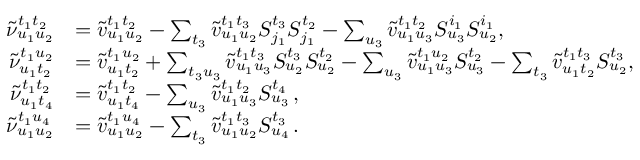
\begin{array} { r l } { \tilde { \nu } _ { u _ { 1 } u _ { 2 } } ^ { t _ { 1 } t _ { 2 } } } & { = \tilde { v } _ { u _ { 1 } u _ { 2 } } ^ { t _ { 1 } t _ { 2 } } - \sum _ { t _ { 3 } } \tilde { v } _ { u _ { 1 } u _ { 2 } } ^ { t _ { 1 } t _ { 3 } } S _ { j _ { 1 } } ^ { t _ { 3 } } S _ { j _ { 1 } } ^ { t _ { 2 } } - \sum _ { u _ { 3 } } \tilde { v } _ { u _ { 1 } u _ { 3 } } ^ { t _ { 1 } t _ { 2 } } S _ { u _ { 3 } } ^ { i _ { 1 } } S _ { u _ { 2 } } ^ { i _ { 1 } } , } \\ { \tilde { \nu } _ { u _ { 1 } t _ { 2 } } ^ { t _ { 1 } u _ { 2 } } } & { = \tilde { v } _ { u _ { 1 } t _ { 2 } } ^ { t _ { 1 } u _ { 2 } } + \sum _ { t _ { 3 } u _ { 3 } } \tilde { v } _ { u _ { 1 } u _ { 3 } } ^ { t _ { 1 } t _ { 3 } } S _ { u _ { 2 } } ^ { t _ { 3 } } S _ { u _ { 2 } } ^ { t _ { 2 } } - \sum _ { u _ { 3 } } \tilde { v } _ { u _ { 1 } u _ { 3 } } ^ { t _ { 1 } u _ { 2 } } S _ { u _ { 3 } } ^ { t _ { 2 } } - \sum _ { t _ { 3 } } \tilde { v } _ { u _ { 1 } t _ { 2 } } ^ { t _ { 1 } t _ { 3 } } S _ { u _ { 2 } } ^ { t _ { 3 } } , } \\ { \tilde { \nu } _ { u _ { 1 } t _ { 4 } } ^ { t _ { 1 } t _ { 2 } } } & { = \tilde { v } _ { u _ { 1 } t _ { 4 } } ^ { t _ { 1 } t _ { 2 } } - \sum _ { u _ { 3 } } \tilde { v } _ { u _ { 1 } u _ { 3 } } ^ { t _ { 1 } t _ { 2 } } S _ { u _ { 3 } } ^ { t _ { 4 } } \, , } \\ { \tilde { \nu } _ { u _ { 1 } u _ { 2 } } ^ { t _ { 1 } u _ { 4 } } } & { = \tilde { v } _ { u _ { 1 } u _ { 2 } } ^ { t _ { 1 } u _ { 4 } } - \sum _ { t _ { 3 } } \tilde { v } _ { u _ { 1 } u _ { 2 } } ^ { t _ { 1 } t _ { 3 } } S _ { u _ { 4 } } ^ { t _ { 3 } } \, . } \end{array}